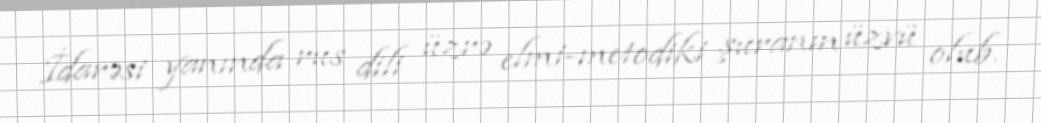
İdarəsi yanında rus dili üzrə elmi-metodiki şuranın üzvü olub.